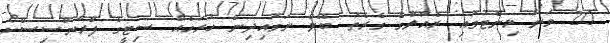
20 ވަނަ މިނެޓުގައި ރެއާލްގެ ގެރެތު ބޭލް ނަގައިދިން ހުރަހެއް ސިޓީގެ ފްރާންސިސްކޯ